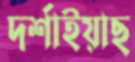
দর্শাইয়াছ